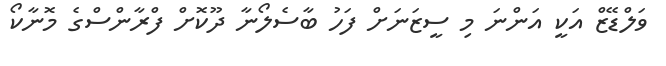
ވަލްޑޭޒް އަކީ އަންނަ މި ސީޒަނަށް ފަހު ބާސެލޯނާ ދޫކޮށް ފްރާންސްގެ މޮނާކޯ